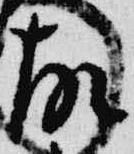
故